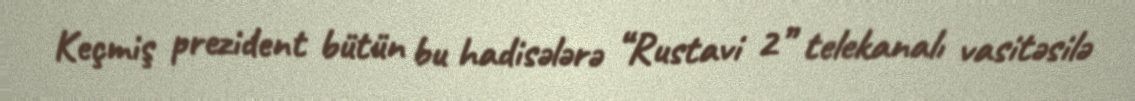
Keçmiş prezident bütün bu hadisələrə “Rustavi 2” telekanalı vasitəsilə